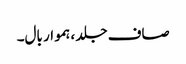
صاف جلد ، ہموار بال۔